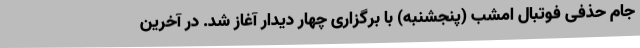
جام حذفی فوتبال امشب (پنجشنبه) با برگزاری چهار دیدار آغاز شد. در آخرین